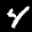
Label: 4